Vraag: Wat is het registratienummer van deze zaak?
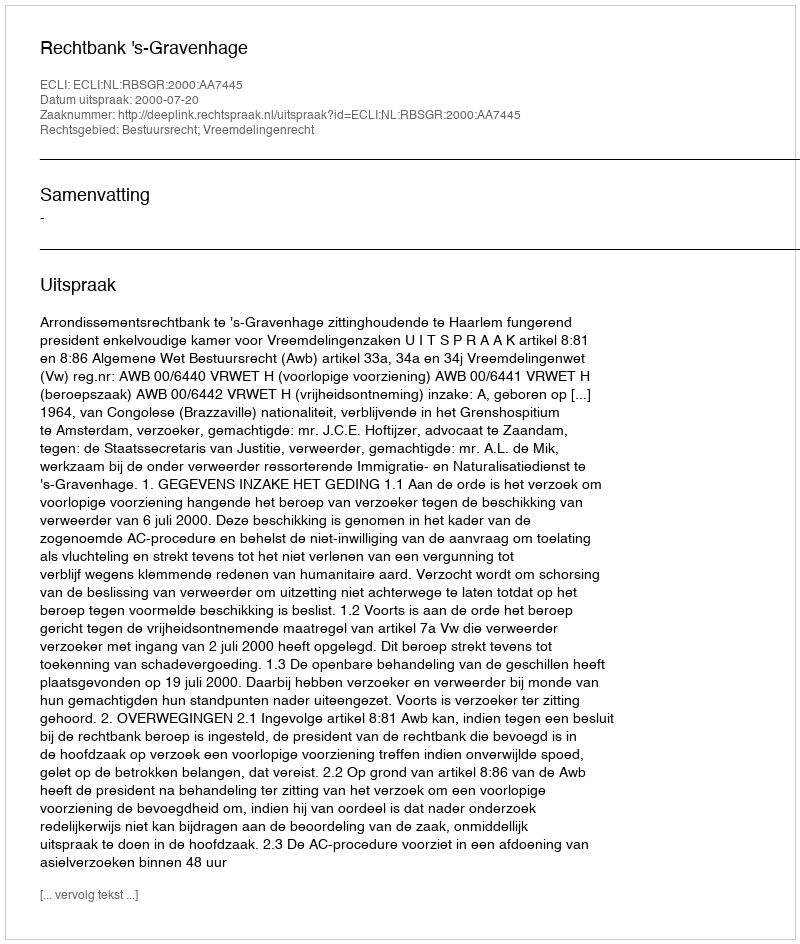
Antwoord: http://deeplink.rechtspraak.nl/uitspraak?id=ECLI:NL:RBSGR:2000:AA7445